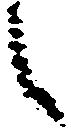
候